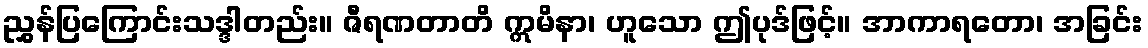
ညွှန်ပြကြောင်းသဒ္ဒါတည်း။ ဇီရဏတာတိ ဣမိနာ၊ ဟူသော ဤပုဒ်ဖြင့်။ အာကာရတော၊ အခြင်း